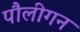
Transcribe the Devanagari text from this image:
पौलीगन